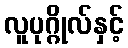
လူပုဂ္ဂိုလ်နှင့်